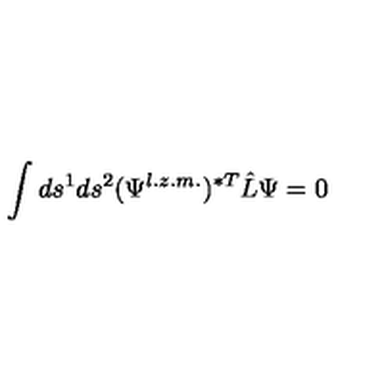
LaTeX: \int d s ^ { 1 } d s ^ { 2 } ( \Psi ^ { l . z . m . } ) ^ { \ast T } \hat { L } \Psi = 0